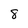
Character: 8